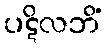
ပဋိလဘိံ